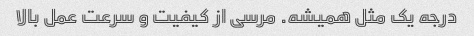
درجه یک مثل همیشه. مرسی از کیفیت و سرعت عمل بالا